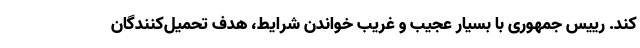
کند. رییس جمهوری با بسیار عجیب و غریب خواندن شرایط، هدف تحمیل‌کنندگان